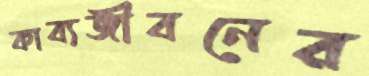
কাব্যজীবনের